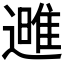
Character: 𮟌